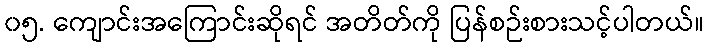
၀၅. ကျောင်းအကြောင်းဆိုရင် အတိတ်ကို ပြန်စဉ်းစားသင့်ပါတယ်။